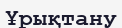
Ұрықтану